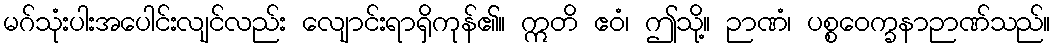
မဂ်သုံးပါးအပေါင်းလျင်လည်း လျောင်းရာရှိကုန်၏။ ဣတိ ဧဝံ၊ ဤသို့။ ဉာဏံ၊ ပစ္စဝေက္ခနာဉာဏ်သည်။